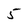
Character: 5